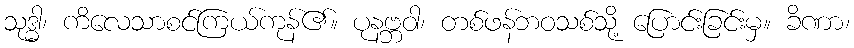
သုဒ္ဓါ၊ ကိလေသာစင်ကြယ်ကုန်၏။ ပုနဗ္ဘဝါ၊ တစ်ဖန်ဘဝသစ်သို့ ပြောင်းခြင်းမှ။ ခိဏာ၊